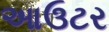
આઉટર